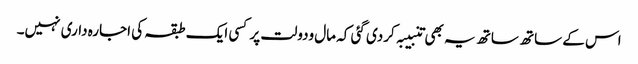
اس کے ساتھ ساتھ یہ بھی تنبیبہ کردی گئی کہ مال ودولت پر کسی ایک طبقہ کی اجارہ داری نہیں۔